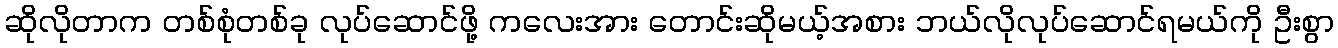
ဆိုလိုတာက တစ်စုံတစ်ခု လုပ်ဆောင်ဖို့ ကလေးအား တောင်းဆိုမယ့်အစား ဘယ်လိုလုပ်ဆောင်ရမယ်ကို ဦးစွာ